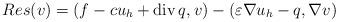
LaTeX: \begin{align*}Res(v)=(f-cu_h+{\rm div}\,q,v)-(\varepsilon\nabla u_h-q,\nabla v)\end{align*}